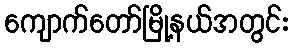
ကျောက်တော်မြို့နယ်အတွင်း